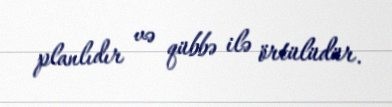
planlıdır və qübbə ilə örtülüdür.